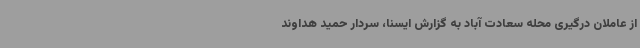
از عاملان درگیری محله سعادت آباد به گزارش ایسنا، سردار حمید هداوند